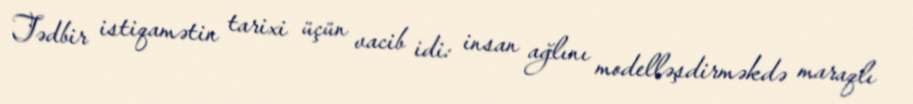
Tədbir istiqamətin tarixi üçün vacib idi: insan ağlını modelləşdirməkdə maraqlı